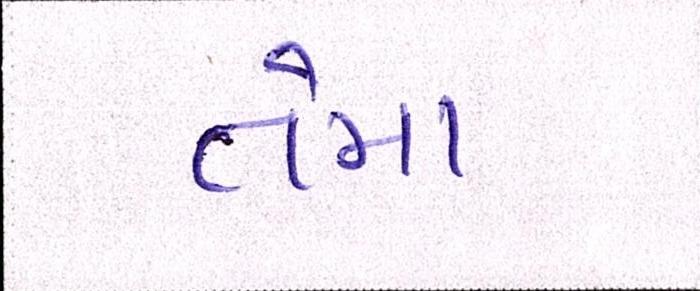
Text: તેમા